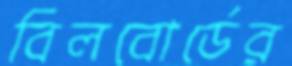
বিলবোর্ডের